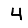
Digit: 4